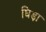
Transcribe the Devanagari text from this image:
घिड़ा